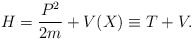
\begin{align*}H=\frac{P^2}{2m}+V(X)\equiv T+V.\end{align*}